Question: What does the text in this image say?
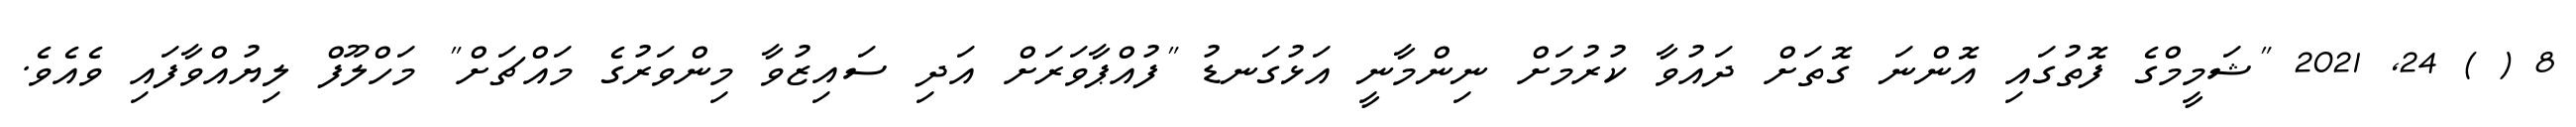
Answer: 8 ( ) 24, 2021 "ޝަމީމްގެ ފޮތުގައި އޮންނަ ގޮތަށް ދައުވާ ކުރުމަށް ނިންމާނީ އަޅުގަނޑު "ފުއްޕާވަރަށް އަދި ސައިޒުވާ މިންވަރުގެ މައްޗަށް" މަހްލޫފް ލިޔުއްވާފައި ވެއެވެ.